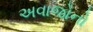
અવાજોનો